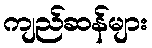
ကျည်ဆန်များ